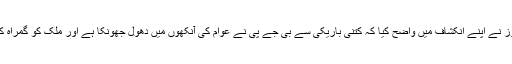
الٹ نیوز نے اپنے انکشاف میں واضح کیا کہ کتنی باریکی سے بی جے پی نے عوام کی آنکھوں میں دھول جھونکا ہے اور ملک کو گمراہ کیا ہے۔